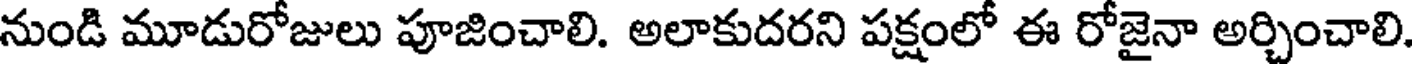
నుండి మూడురోజులు పూజించాలి. అలాకుదరని పక్షంలో ఈ రోజైనా అర్చించాలి